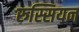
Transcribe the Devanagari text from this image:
रुस्सियन